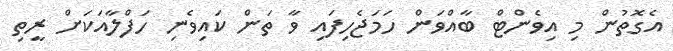
އެގޮތުން މި އިވެންޓް ބާއްވަން ހަމަޖެހިފައި ވާ ތަން ކައިވެނި ހަފްލާއަކަށް ރީތި